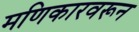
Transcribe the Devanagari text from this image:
मणिकारवरून